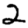
Digit: 2